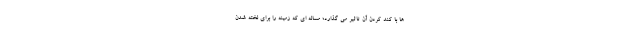
ها با کند کردن آن تاثیر می گذارد؛ مساله ای که زمینه را برای لخته شدن